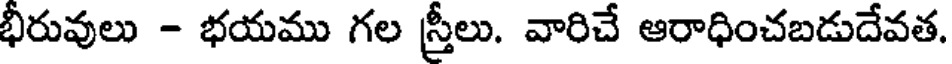
భీరువులు - భయము గల స్తీలు. వారిచే ఆరాధించబడుదేవత.